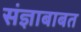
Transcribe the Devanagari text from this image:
संज्ञाबाबत